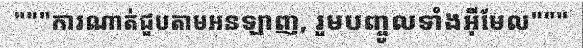
"""ការណាត់ជួបតាមអនឡាញ, រួមបញ្ចូលទាំងអ៊ីមែល"""